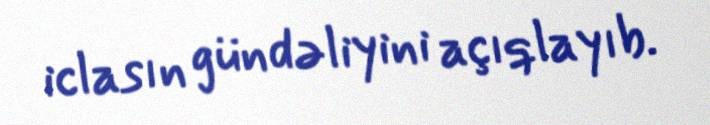
iclasın gündəliyini açıqlayıb.